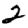
Digit: 2